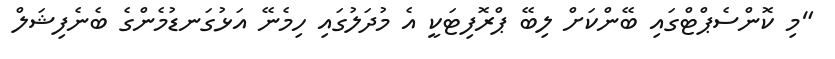
"މި ކޮންސެޕްޓްގައި ބޭންކަށް ލިބޭ ޕްރޮފިޓަކީ އެ މުދަލުގައި ހިމެނޭ އަޅުގަނޑުމެންގެ ބެނެފިޝަލް